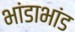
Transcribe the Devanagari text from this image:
भांडाभांड